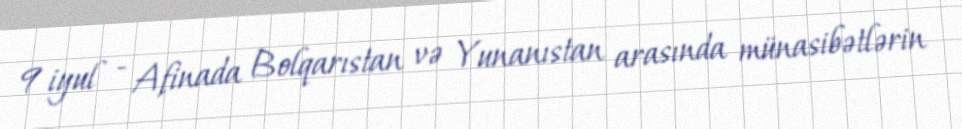
9 iyul - Afinada Bolqarıstan və Yunanıstan arasında münasibətlərin